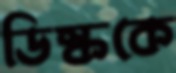
ডিস্ককে